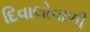
દિવાલોવાળી